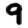
Digit: 9